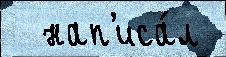
  нап'иса́л